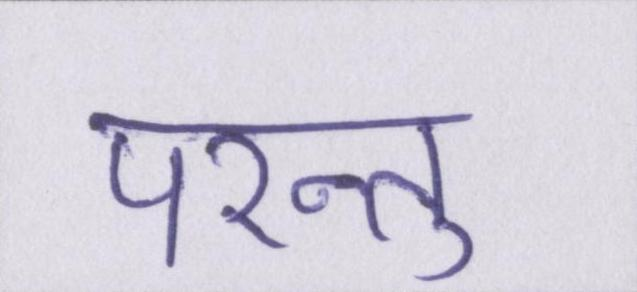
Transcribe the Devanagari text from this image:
परन्तु